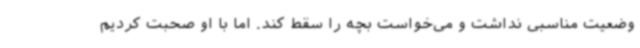
وضعیت مناسبی نداشت و می‌خواست بچه را سقط کند. اما با او صحبت کردیم